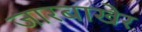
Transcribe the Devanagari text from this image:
जारबाखेर